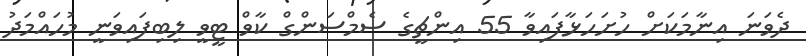
ދެވަނަ އިނާމަކަށް ހުށަހަޅާފައިވާ 55 އިންޗީގެ ސެމްސަންގް ކާވް ޓީވީ ލިބިފައިވަނީ މުހައްމަދު